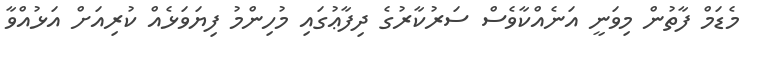
މެޑަމް ފާތުން މިވަނީ އަނެއްކާވެސް ސަރުކާރުގެ ދިފާޢުގައި މުހިންމު ފިޔަވަޅެއް ކުރިއަށް އަޅުއްވާ